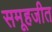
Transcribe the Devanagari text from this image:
समूहजीत